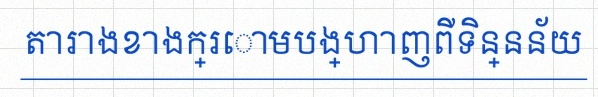
តារាងខាងក្រោមបង្ហាញពីទិន្នន័យ